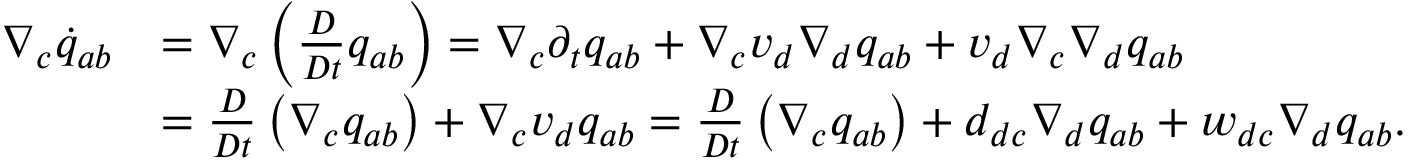
\begin{array} { r l } { \nabla _ { c } \dot { q } _ { a b } } & { = \nabla _ { c } \left( \frac { D } { D t } { q } _ { a b } \right) = \nabla _ { c } \partial _ { t } q _ { a b } + \nabla _ { c } v _ { d } \nabla _ { d } q _ { a b } + v _ { d } \nabla _ { c } \nabla _ { d } q _ { a b } } \\ & { = \frac { D } { D t } \left( \nabla _ { c } q _ { a b } \right) + \nabla _ { c } v _ { d } q _ { a b } = \frac { D } { D t } \left( \nabla _ { c } q _ { a b } \right) + d _ { d c } \nabla _ { d } q _ { a b } + w _ { d c } \nabla _ { d } q _ { a b } . } \end{array}